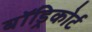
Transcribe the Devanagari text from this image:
बॉड्रिकोर्ट